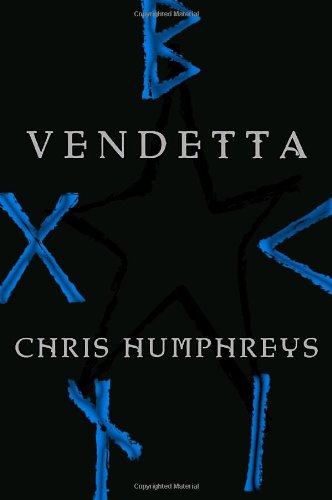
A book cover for Vendetta (The Runestone Saga, Book 2); Chris Humphreys; Children's Books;